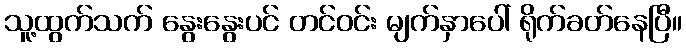
သူ့ထွက်သက် နွေးနွေးပင် တင်ဝင်း မျက်နှာပေါ် ရိုက်ခတ်နေပြီ။